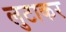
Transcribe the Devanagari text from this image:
लुटाकर